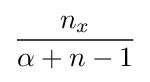
{\frac {n_{x}}{\alpha +n-1}}